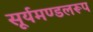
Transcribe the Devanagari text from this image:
सूर्यमण्डलरूप